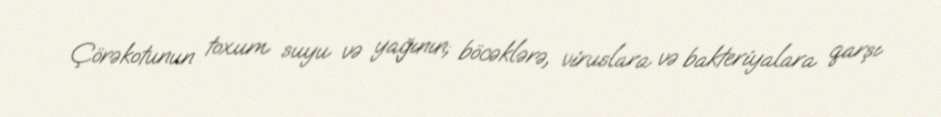
Çörəkotunun toxum suyu və yağının; böcəklərə, viruslara və bakteriyalara qarşı